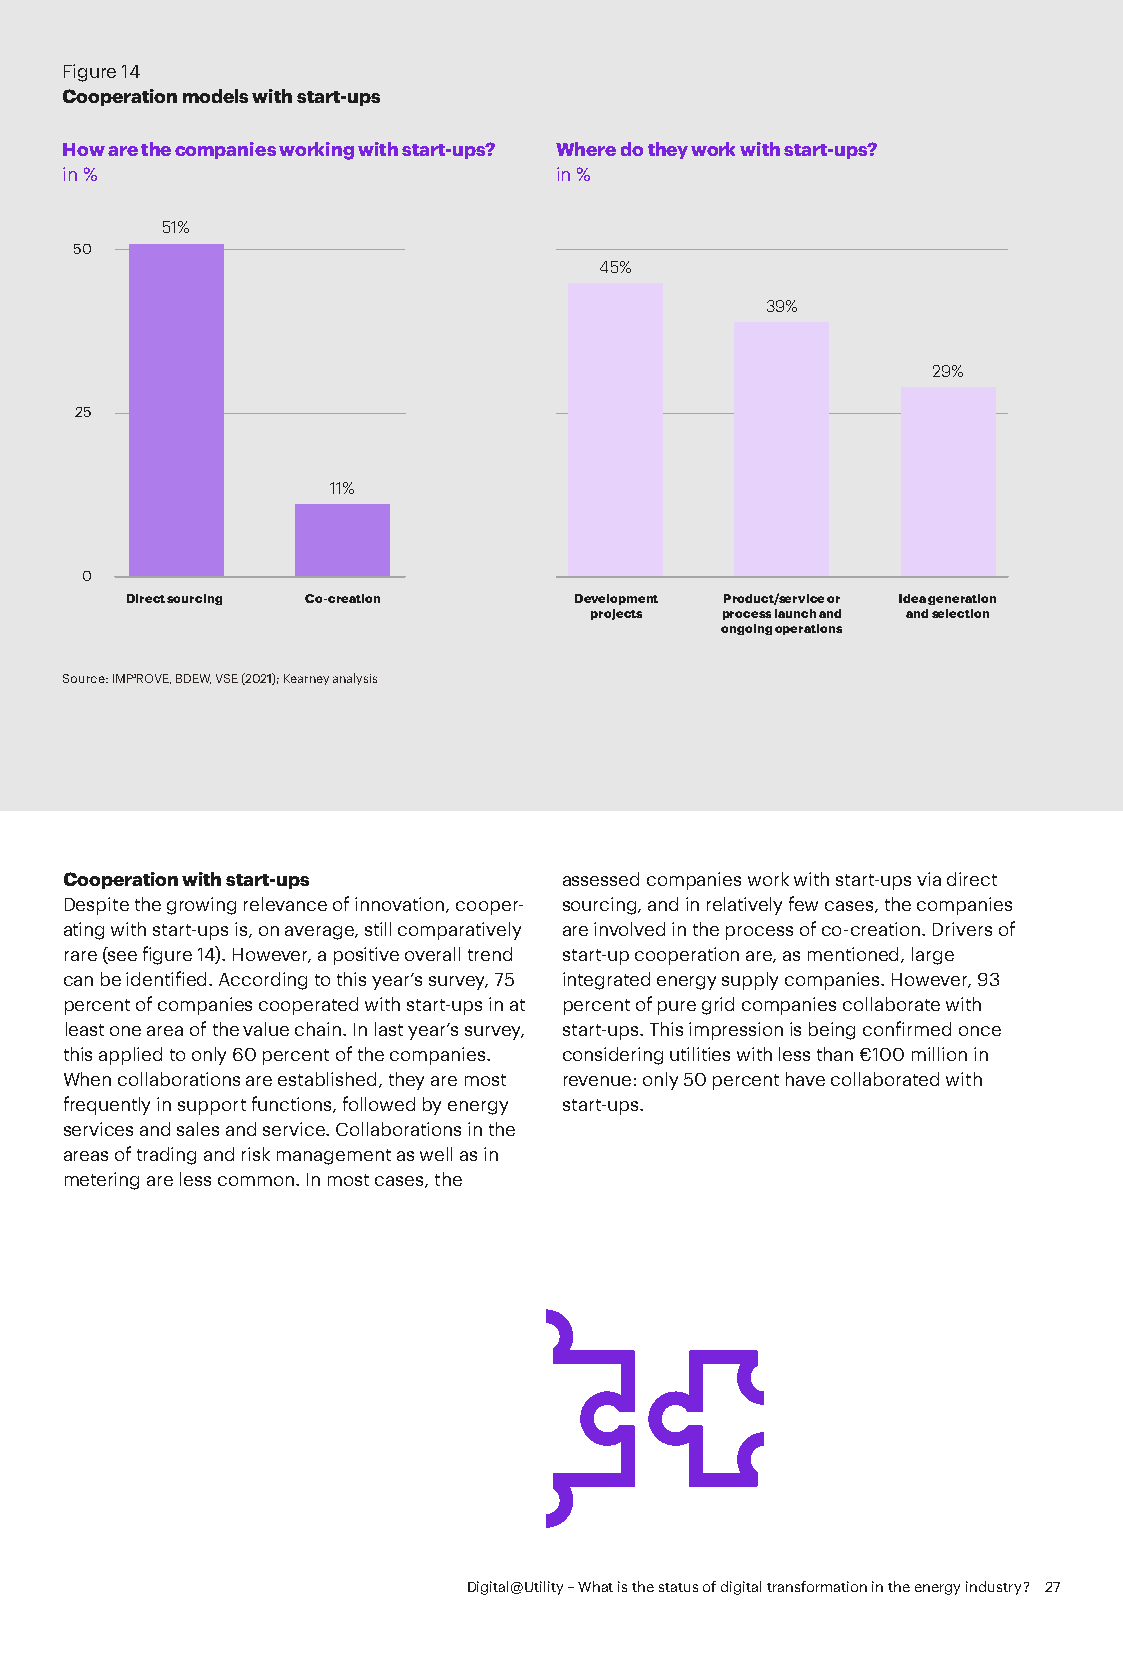
Figure 14
 Cooperation models with start-ups
 How are the companies working with start-ups? Where do they work with start-ups?
 in %                             in %
 51%
 50
 45%
 39%
 29%
 25
 11%
 0
 Direct sourcing Co-creation   Development Product/service or Idea generation
 projects process launch and and selection
 ongoing operations
 Source: IMP³ROVE, BDEW, VSE (2021); Kearney analysis
 Cooperation with start-ups       assessed companies work with start-ups via direct
 Despite the growing relevance of innovation, cooper- sourcing, and in relatively few cases, the companies
 ating with start-ups is, on average, still comparatively are involved in the process of co-creation. Drivers of
 rare (see figure 14). However, a positive overall trend start-up cooperation are, as mentioned, large
 can be identified. According to this year’s survey, 75 integrated energy supply companies. However, 93
 percent of companies cooperated with start-ups in at percent of pure grid companies collaborate with
 least one area of the value chain. In last year’s survey, start-ups. This impression is being confirmed once
 this applied to only 60 percent of the companies. considering utilities with less than €100 million in
 When collaborations are established, they are most revenue: only 50 percent have collaborated with
 frequently in support functions, followed by energy start-ups.
 services and sales and service. Collaborations in the
 areas of trading and risk management as well as in
 metering are less common. In most cases, the
 Digital@Utility – What is the status of digital transformation in the energy industry? 27